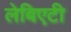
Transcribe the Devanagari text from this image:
लेबिएटी